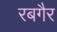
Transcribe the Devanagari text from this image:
रबगैर